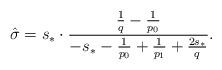
LaTeX: \begin{align*}\hat \sigma = s_*\cdot \frac{\frac 1q ‐ \frac{1}{p_0}}{‐s_*‐\frac{1}{p_0}+\frac{1}{p_1}+\frac{2s_*}{q}}.\end{align*}